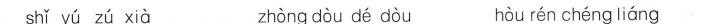
shǐ yú zú xià zhòng dòu dé dòu hòu rén chéng liáng